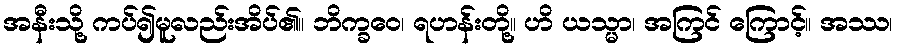
အနီးသို့ ကပ်၍မူလည်းအိပ်၏။ ဘိက္ခဝေ၊ ရဟန်းတို့။ ဟိ ယသ္မာ၊ အကြင် ကြောင့်။ အဿ၊